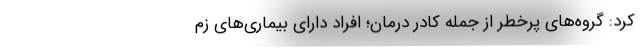
کرد: گروه‌های پرخطر از جمله کادر درمان؛ افراد دارای بیماری‌های زم